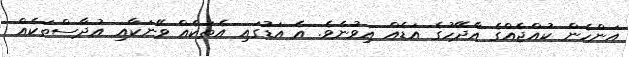
އަންހެން ކުއްޖެއްގެ އާދޭހުގެ އަޑެއް އިވުނެވެ. އެ އަޑުގައި އެތަކެއް ވޭނަކާއި އުދާސްތަކެއް